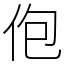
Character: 佨